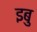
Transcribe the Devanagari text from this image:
इबु